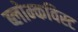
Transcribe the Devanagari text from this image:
ब्लोम्कविस्ट